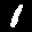
Label: 1